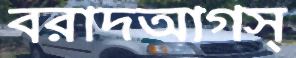
বরাদআগস্